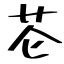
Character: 芲